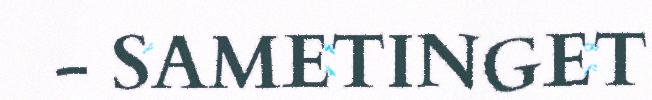
- SAMETINGET